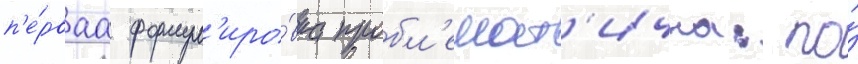
п'е́рваа формул'иро́вка пробл'емат'ична: по́